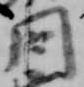
問